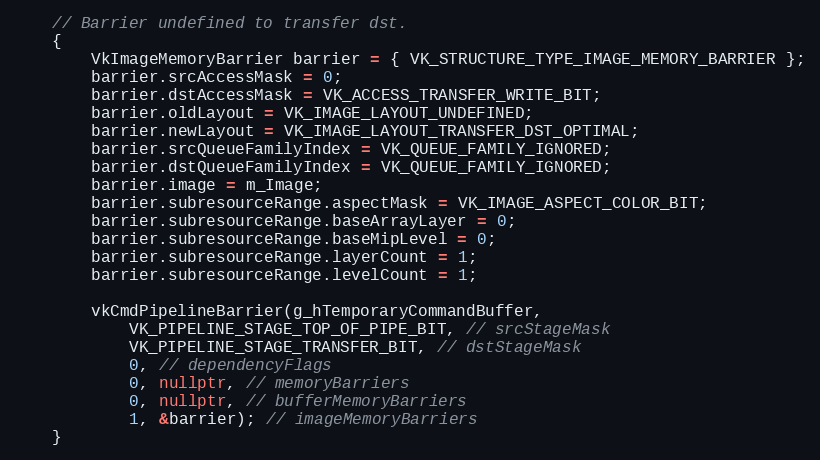
Language: C++
    // Barrier undefined to transfer dst.
    {
        VkImageMemoryBarrier barrier = { VK_STRUCTURE_TYPE_IMAGE_MEMORY_BARRIER };
        barrier.srcAccessMask = 0;
        barrier.dstAccessMask = VK_ACCESS_TRANSFER_WRITE_BIT;
        barrier.oldLayout = VK_IMAGE_LAYOUT_UNDEFINED;
        barrier.newLayout = VK_IMAGE_LAYOUT_TRANSFER_DST_OPTIMAL;
        barrier.srcQueueFamilyIndex = VK_QUEUE_FAMILY_IGNORED;
        barrier.dstQueueFamilyIndex = VK_QUEUE_FAMILY_IGNORED;
        barrier.image = m_Image;
        barrier.subresourceRange.aspectMask = VK_IMAGE_ASPECT_COLOR_BIT;
        barrier.subresourceRange.baseArrayLayer = 0;
        barrier.subresourceRange.baseMipLevel = 0;
        barrier.subresourceRange.layerCount = 1;
        barrier.subresourceRange.levelCount = 1;

        vkCmdPipelineBarrier(g_hTemporaryCommandBuffer,
            VK_PIPELINE_STAGE_TOP_OF_PIPE_BIT, // srcStageMask
            VK_PIPELINE_STAGE_TRANSFER_BIT, // dstStageMask
            0, // dependencyFlags
            0, nullptr, // memoryBarriers
            0, nullptr, // bufferMemoryBarriers
            1, &barrier); // imageMemoryBarriers
    }